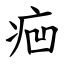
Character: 㾎